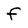
Character: f